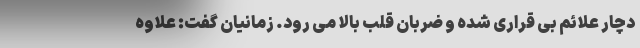
دچار علائم بی قراری شده و ضربان قلب بالا می رود. زمانیان گفت: علاوه